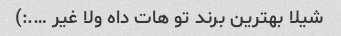
شیلا بهترین برند تو هات داه ولا غیر ….:)